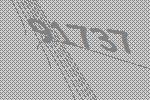
91737